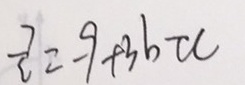
\frac { 7 } { c } = - 9 + 3 b \tau c